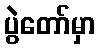
ပွဲတော်မှာ